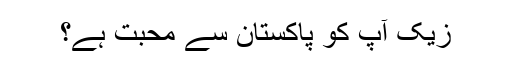
زیک آپ کو پاکستان سے محبت ہے؟